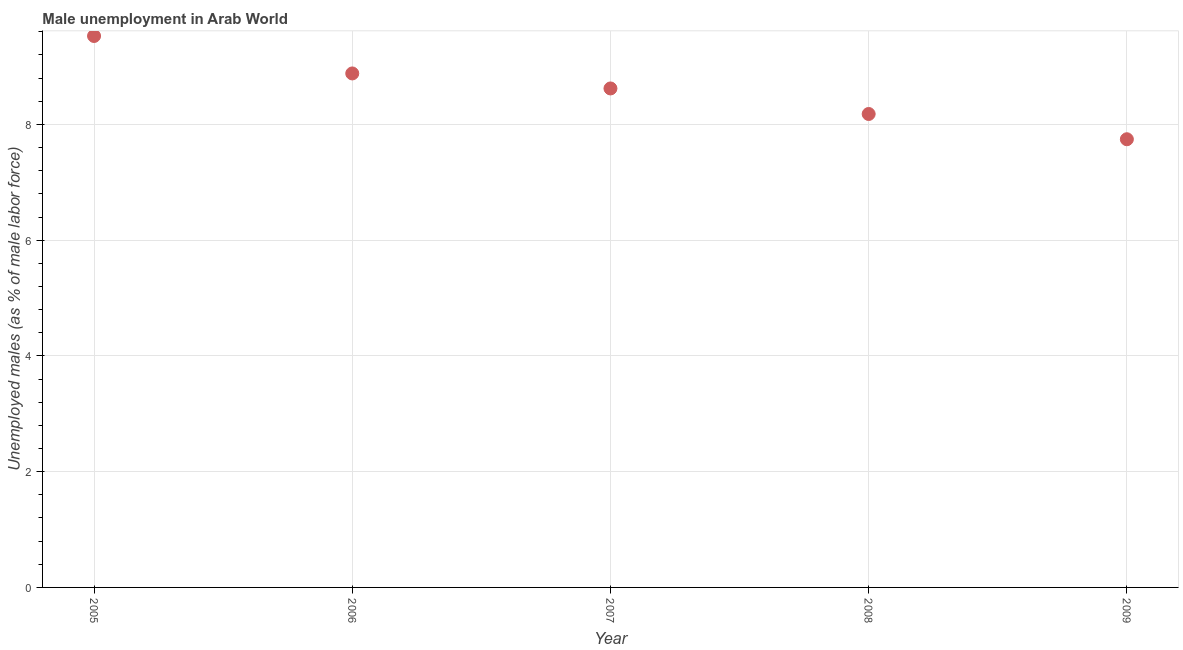
| Year | Unemployment |
 | --- | --- |
 | 2005 | 9.53 |
 | 2006 | 8.88 |
 | 2007 | 8.62 |
 | 2008 | 8.18 |
 | 2009 | 7.74 |